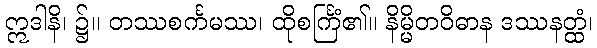
ဣဒါနိ၊ ၌။ တဿစင်္ကမဿ၊ ထိုစင်္ကြံ၏။ နိမ္မိတဝိဓာန ဒဿနတ္ထံ၊